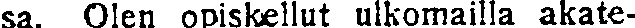
sa. Olen opiskellut ulkomailla akate-